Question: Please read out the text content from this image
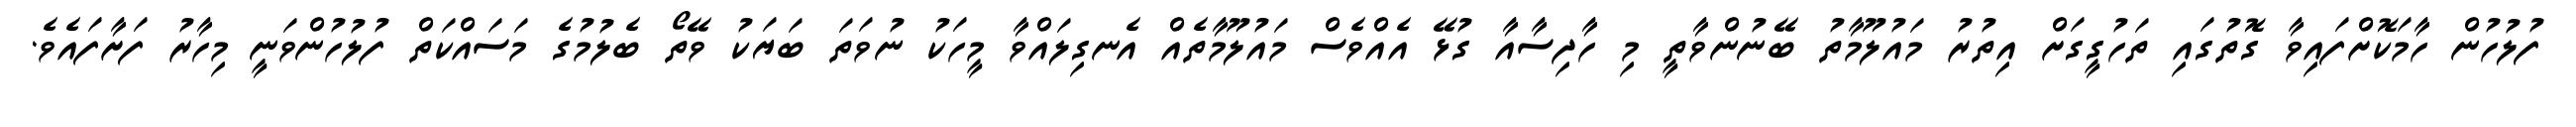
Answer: ފުލުހުން ހާމަކޮށްފައިވާ ގޮތުގައި ތަހުގީގަށް އިތުރު މައުލޫމާތު ބޭނުންވާތީ މި ހާދިސާއާ ގުޅޭ އެއްވެސް މައުލޫމާތެއް އެނގިލައްވާ މީހަކު ނުވަތަ ބަޔަކު ވޭތޯ ބެލުމުގެ މަސައްކަތް ފުލުހުންވަނީ މިހާރު ފަށާފައެވެ.